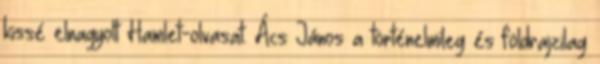
kissé elnagyolt Hamlet-olvasat. Ács János a történelmileg és földrajzilag